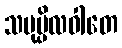
သမုပ္ပိလဝါတေ